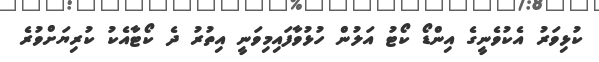
ކުޅިވަރު އެކުވެނީގެ އިންޑޯ ކޯޓު އަލުން ހުޅުވާފައިމިވަނީ އިތުރު ދެ ކޯޓާއެކު ކުރިޔަށްވުރެ